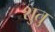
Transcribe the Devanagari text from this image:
शुतु